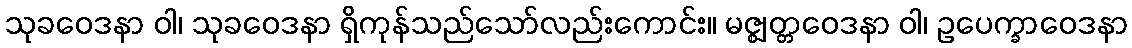
သုခဝေဒနာ ဝါ၊ သုခဝေဒနာ ရှိကုန်သည်သော်လည်းကောင်း။ မဇ္ဈတ္တဝေဒနာ ဝါ၊ ဥပေက္ခာဝေဒနာ